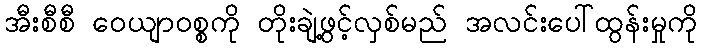
အီးစီစီ ဝေယျာဝစ္စကို တိုးချဲ့ဖွင့်လှစ်မည် အလင်းပေါ်ထွန်းမှုကို